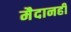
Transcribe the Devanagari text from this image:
मैदानही